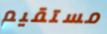
مستقيم